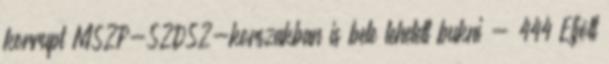
korrupt MSZP-SZDSZ-korszakban is bele lehetett bukni - 444 Eljött